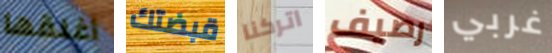
أغلقها قبضتك اتركنا رصيف غربي